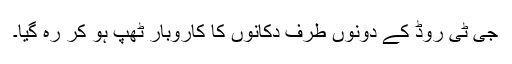
جی ٹی روڈ کے دونوں طرف دکانوں کا کاروبار ٹھپ ہو کر رہ گیا۔